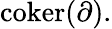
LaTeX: {\mathrm{coker}}(\partial).